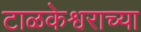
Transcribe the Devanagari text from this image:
टाळकेश्वराच्या